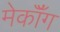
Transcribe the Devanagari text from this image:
मेकॉँग